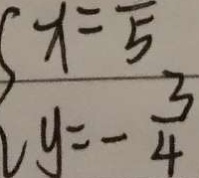
y = - \frac { 3 } { 4 }